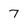
Character: 7